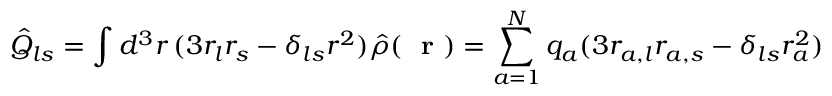
\hat { Q } _ { l s } = \int d ^ { 3 } r \, ( 3 r _ { l } r _ { s } - \delta _ { l s } r ^ { 2 } ) \hat { \rho } ( \mathrm { ~ \bf ~ r ~ } ) = \sum _ { a = 1 } ^ { N } q _ { a } ( 3 r _ { a , l } r _ { a , s } - \delta _ { l s } r _ { a } ^ { 2 } )